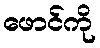
ဖောင်ကို